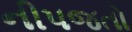
નીપજતો